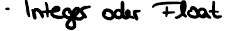
Integer oder Float